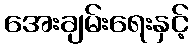
အေးချမ်းရေးနှင့်